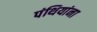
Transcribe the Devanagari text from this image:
पंथियांना